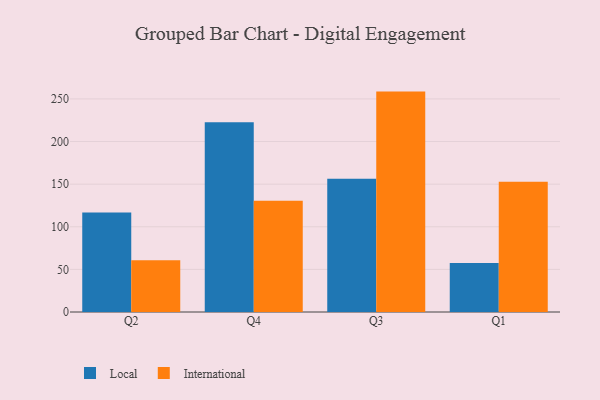
{"axis": {"x": "Quarter", "y": "Production Output"}, "legend": ["International", "Local"], "data": [{"x": "Q2", "y": 116.7, "type": "Local"}, {"x": "Q2", "y": 60.8, "type": "International"}, {"x": "Q4", "y": 222.7, "type": "Local"}, {"x": "Q4", "y": 130.6, "type": "International"}, {"x": "Q3", "y": 156.2, "type": "Local"}, {"x": "Q3", "y": 258.6, "type": "International"}, {"x": "Q1", "y": 57.5, "type": "Local"}, {"x": "Q1", "y": 152.8, "type": "International"}]}